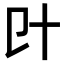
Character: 𠥿